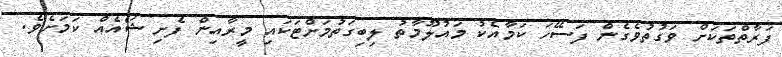
ފަރާތްތަކަށް ވަގުތުވެގެން ފަސޭހަ ކަމާއެކު މައުލޫމާތު ލިބިގަތުމަށްޓަކައި މީރާއިން ފެށި ޝޯއެއް ކަމަށެވެ.